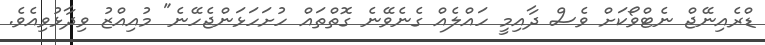
ޑްރެއިނޭޖް ނެޓްވޯކަށް ވެސް ދާއިމީ ހައްލެއް ގެނެވޭނެ ގޮތްތައް ހުށަހަޅަންޖެހޭނެ" މުއިއްޒު ވިދާޅުވިއެވެ.